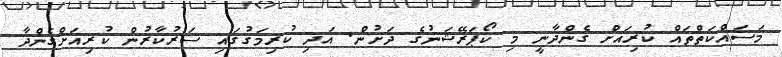
މަސައްކަތްތައް ކުރިއަށް ގެންދާނީ މި ކޯޕަރޭޝަނުގެ ދަށުން. އަދި ކުރިމަގުގައި ސަރުކާރުން ކުރިއަށްގެންދާ